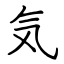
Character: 気